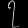
Digit: ၇